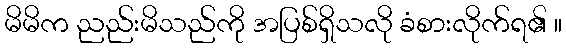
မိမိက ညည်းမိသည်ကို အပြစ်ရှိသလို ခံစားလိုက်ရ၏ ။